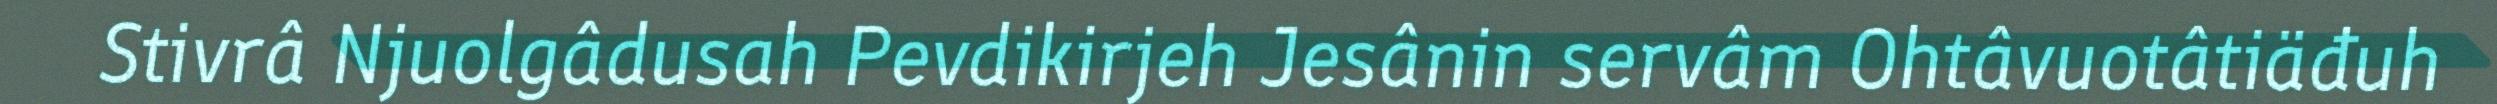
Stivrâ Njuolgâdusah Pevdikirjeh Jesânin servâm Ohtâvuotâtiäđuh